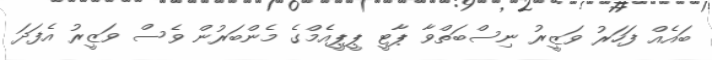
ބައެއް ފަހަރު ވަޒީރު ނިސްބަތްވާ ޕާޓީ ޕީޕީއެމްގެ މެންބަރުން ވެސް ވަޒީރު އެފަދަ